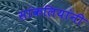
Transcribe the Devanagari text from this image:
सांकलियांनी